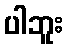
ပါဘူး